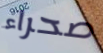
صحراء